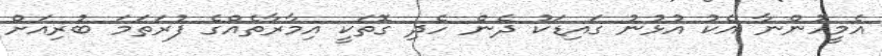
އެމީހުންނާ އެކު އުޅުނު ގައިޑަކު ދެން ހެދި ގޮތަކީ އިމާރާތެއްގެ ފުރަތަމަ ބުރިއަށް